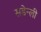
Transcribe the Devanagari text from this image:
सडेन्ली